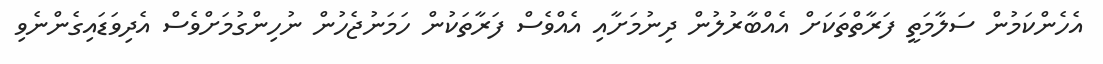
އެހެންކަމުން ސަލާމަތީ ފަރާތްތަކަށް އެއްބާރުލުން ދިނުމަށާއި އެއްވެސް ފަރާތަކުން ހަަމަނުޖެހުން ނުހިންގުމަށްވެސް އެދިވަޑައިގެންނެވި